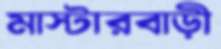
মাস্টারবাড়ী